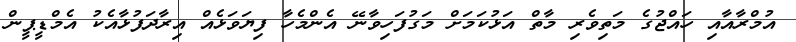
އުމްރާއާއި ހައްޖުގެ މަތިވެރި މާތް އަޅުކަމަށް މަގުފަހިވާނޭ އެންމެހާ ފިޔަވަޅެއް އިރާދަފުޅާއެކު އެމްޑީޕީން